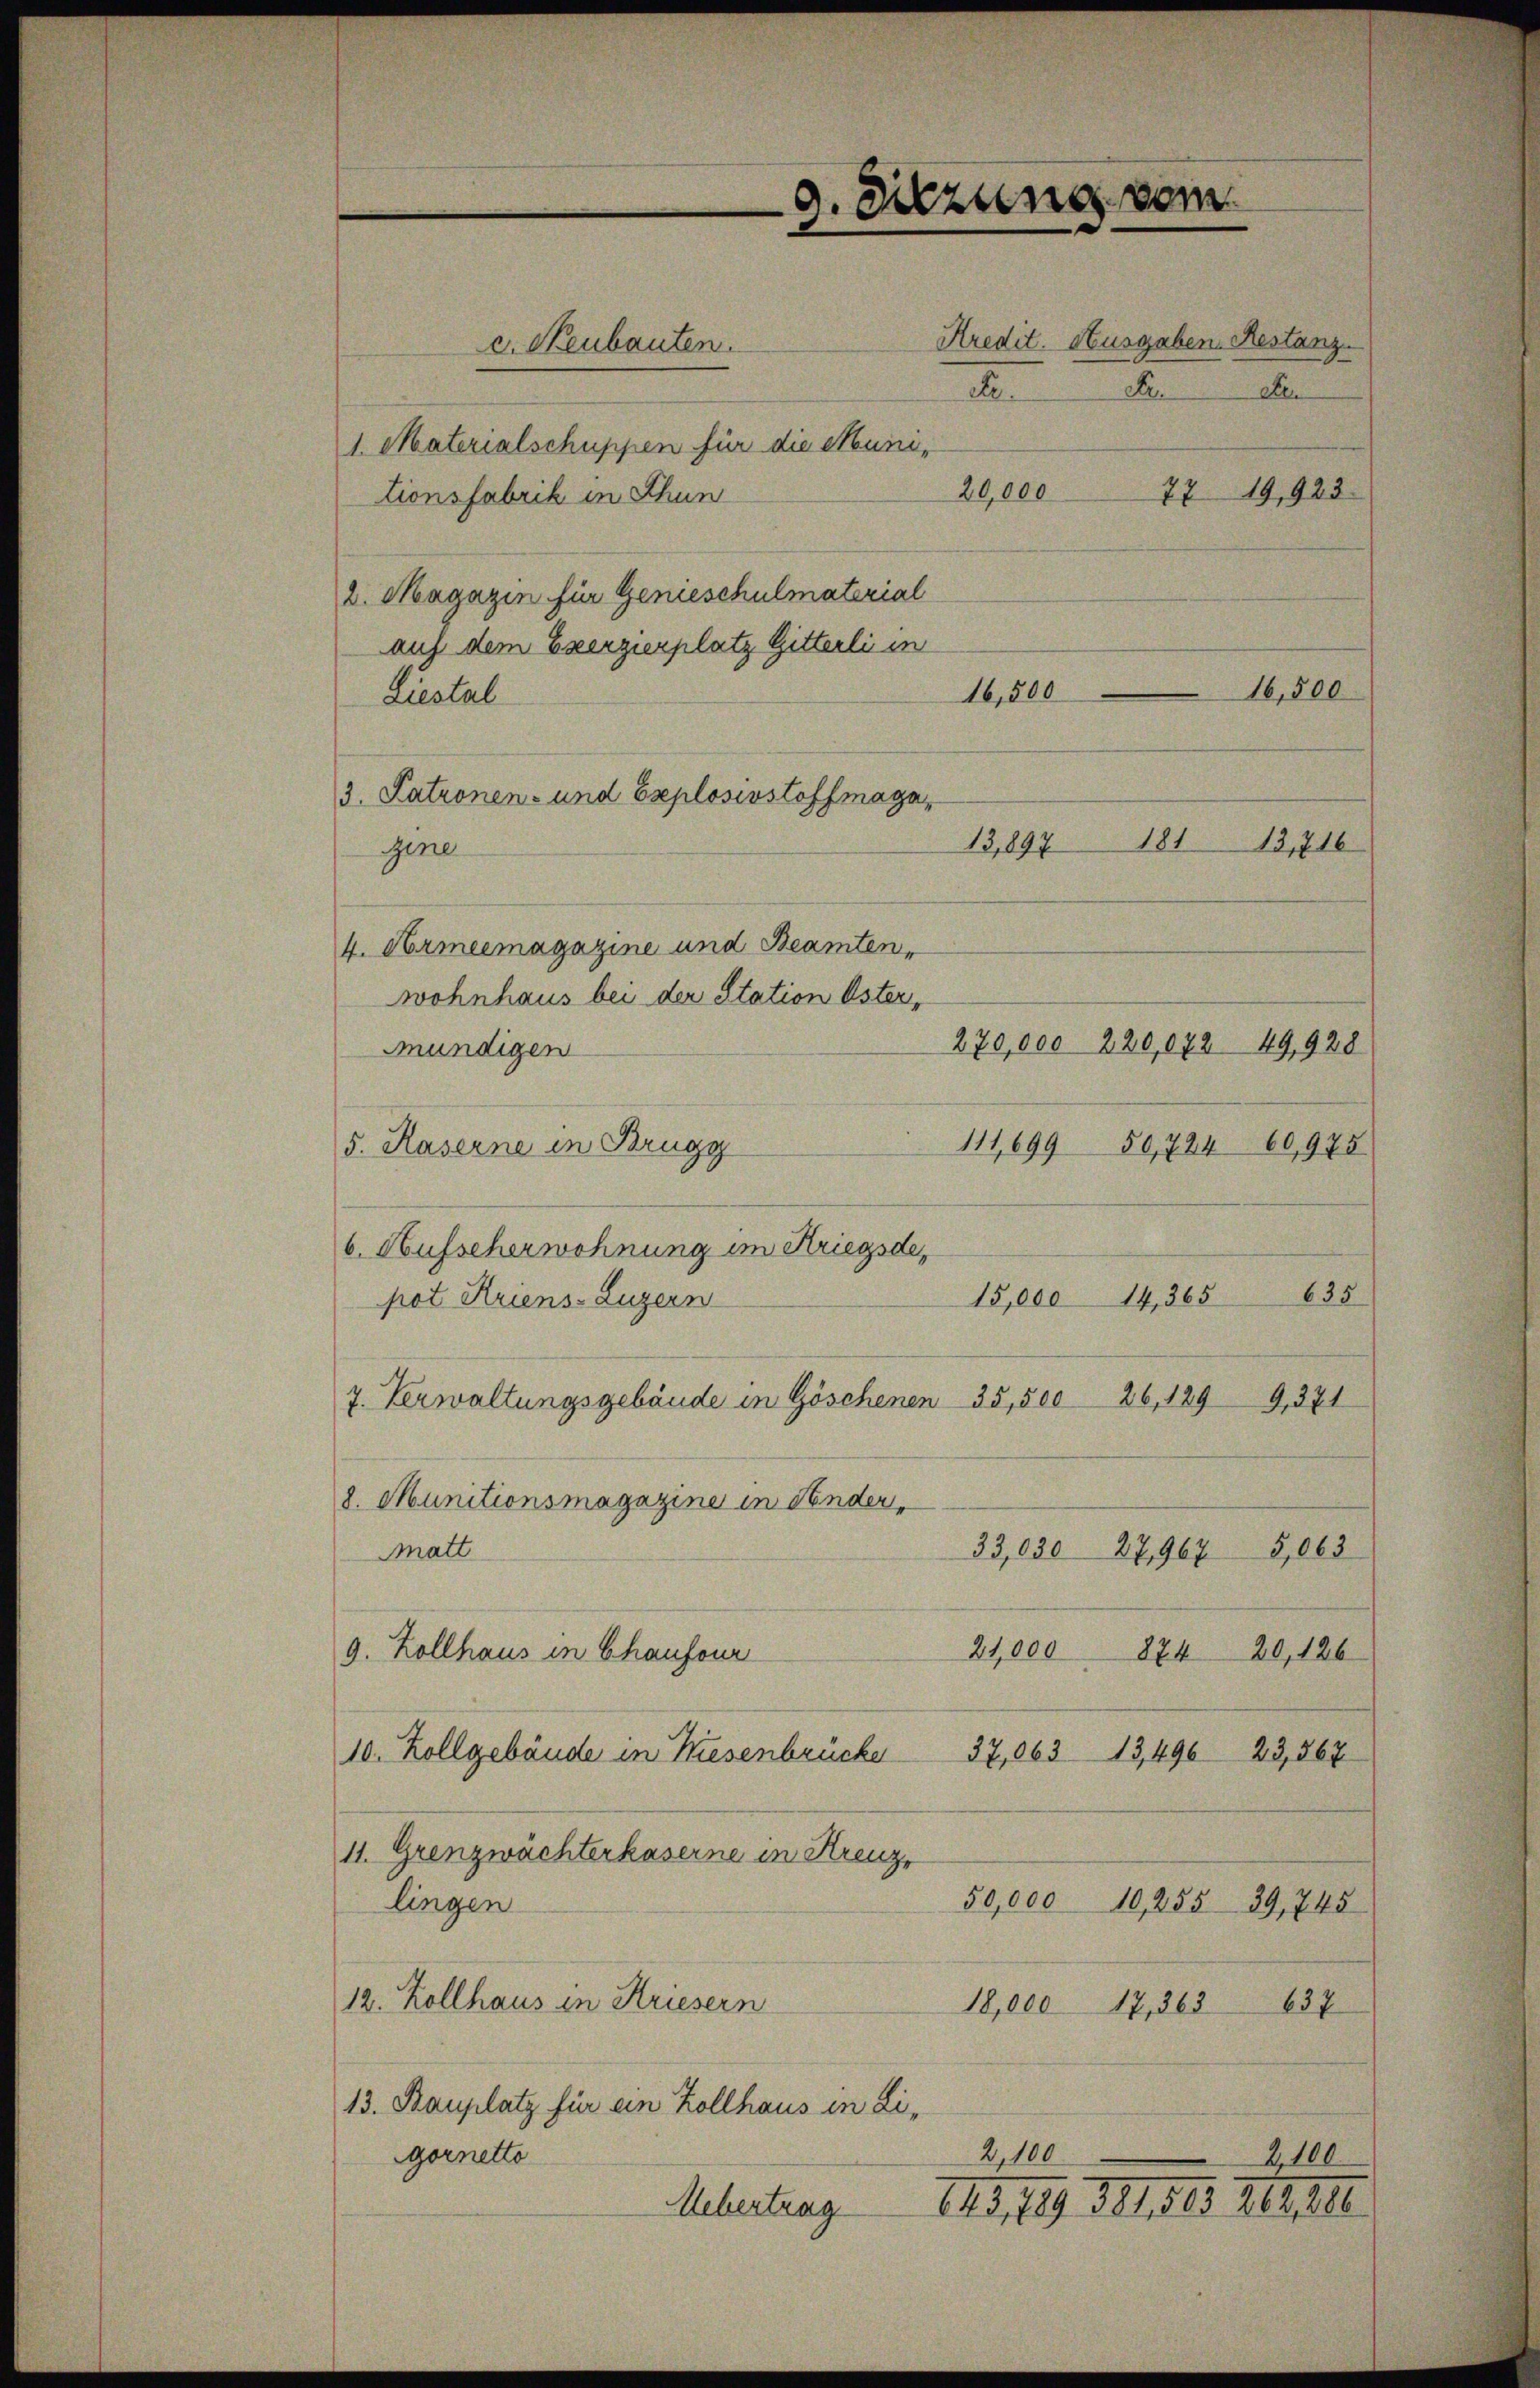
c. Neubauten.

3. Patronen- und Explosivstoffmaga

9. Sitzung vom

1. Materialschuppen für die Muni-
20,000
tionsfabrik in Thun
2. Magazin für Genieschulmaterial
auf dem Exerzierplatz Gitterli in
16,500
Liestal
181
13,897
Gene
4. Armeemagazine und Beamten,
wohnhaus bei der Station Öster,
mündigen
5. Raserne in Brugg
6. Aufscherwohnung im Kriegsde,
15,000 14,365
pot Kriens-Luzern
7. Verwaltungsgebäude in Göschenen 35,500 26, 1299, 371
8. Munitionsmagazine in Hinder,
33,03027,9675,063
Matt
21,000 874 20, 126
9. Zollhaus in Chaufour
10. Zollgebäude in Kiesenbrücke 37,063 13,496. 23,867
11. Grenzwächterkaserne in Kreuz,
50,000 10,255 39, 745
lingen
12. Zollhaus in Kriesern
18,000 17, 363 637
13. Bauplatz für ein Zollhaus in Li¬
2,100
gornetto

.

125, 19. III 81. II. III.

Kredit. Ausgaben. Restanz-
Pre

7719,923.

16,500

13,716

635

270,000 220,07249,928
111,699 50,724 60,975

Z,100